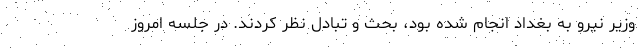
وزیر نیرو به بغداد انجام شده بود، بحث و تبادل نظر کردند. در جلسه امروز